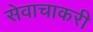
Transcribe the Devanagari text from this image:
सेवाचाकरी